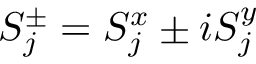
S _ { j } ^ { \pm } = S _ { j } ^ { x } \pm i S _ { j } ^ { y }